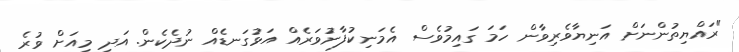
"ރައްޔިތުންނަށް އަނިޔާވެރިވާން ހަމަ ގައިމުވެސް އެމަނިކުފާނުވަރެއް އަޅުގަނޑެއް ނުދެކެން. އަދި މިއަށް ވުރެ